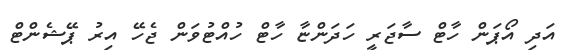
އަދި އޯޕަން ހާޓް ސާޖަރީ ހަދަންޏާ ހާޓް ހުއްޓުވަން ޖެހޭ އިރު ޕޭޝެންޓް